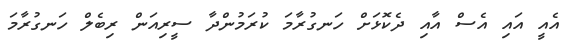
އެއީ އައި އެސް އާއި ދެކޮޅަށް ހަނގުރާމަ ކުރަމުންދާ ސީރިއަން ރިބެލް ހަނގުރާމަ